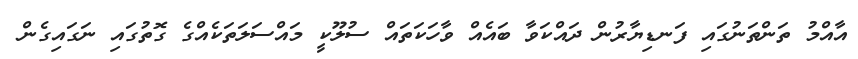
އާއްމު ތަންތަނުގައި ފަނޑިޔާރުން ދައްކަވާ ބައެއް ވާހަކަތައް ސުލޫކީ މައްސަލަތަކެއްގެ ގޮތުގައި ނަގައިގެން